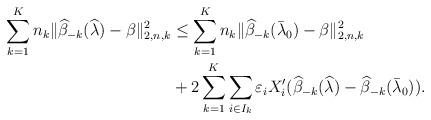
LaTeX: \begin{align*}\sum_{k=1}^{K}n_{k}\Vert \widehat{\beta }_{-k}(\widehat{\lambda })-\beta\Vert _{2,n,k}^{2}& \leq \sum_{k=1}^{K}n_{k}\Vert \widehat{\beta }_{-k}(\bar{\lambda}_{0})-\beta \Vert _{2,n,k}^{2} \\& +2\sum_{k=1}^{K}\sum_{i\in I_{k}}\varepsilon _{i}X_{i}^{\prime }(\widehat{\beta }_{-k}(\widehat{\lambda })-\widehat{\beta }_{-k}(\bar{\lambda}_{0})).\end{align*}